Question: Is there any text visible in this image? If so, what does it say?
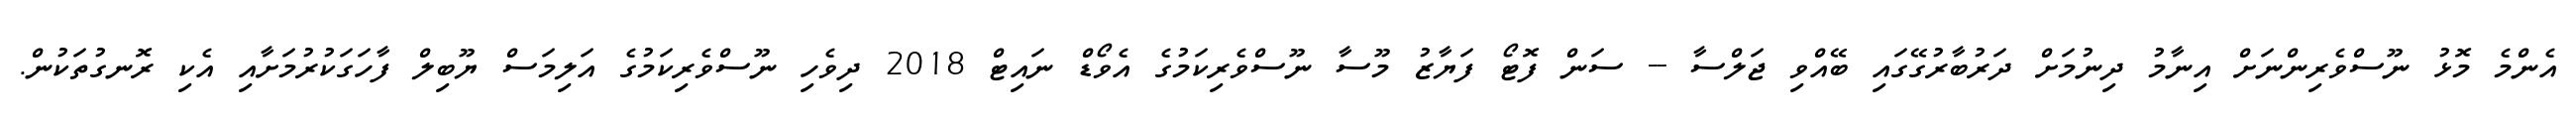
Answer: އެންމެ މޮޅު ނޫސްވެރިންނަށް އިނާމު ދިނުމަށް ދަރުބާރުގޭގައި ބޭއްވި ޖަލްސާ -- ސަން ފޮޓޯ ފަޔާޒު މޫސާ ނޫސްވެރިކަމުގެ އެވޯޑް ނައިޓް 2018 ދިވެހި ނޫސްވެރިކަމުގެ އަލިމަސް ޔޫބިލް ފާހަގަކުރުމަށާއި އެކި ރޮނގުތަކުން.